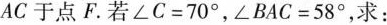
AC 于点F. 若$$∠ C = 7 0 °$$，$$∠ B A C = 5 8 °$$，求：